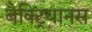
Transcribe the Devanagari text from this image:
बैक्ट्रियानस